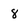
Character: 8